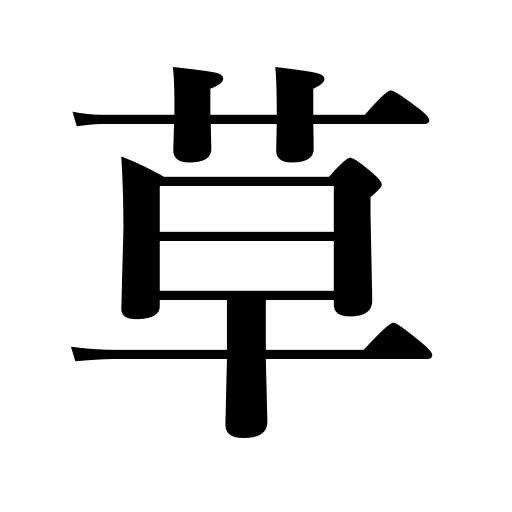
Meanings: plants,herbs,weeds,grass hand writing,pasture,grass